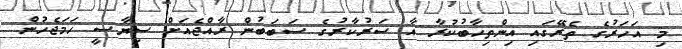
މި އަހަރުގެ ތެރޭގައި އިންތިހާބުކުރާ އާ ސަރުކާރުގެ ސަބަބުން ރާއްޖެއަށް ސިޔާސީ ހަމަޖެހުން